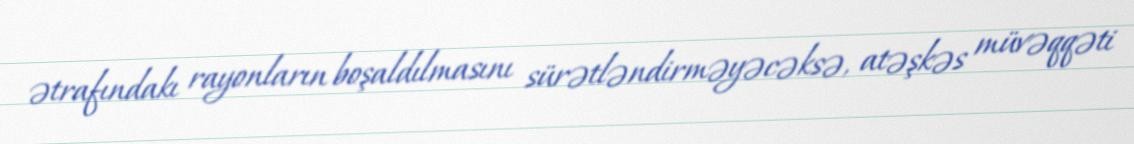
ətrafındakı rayonların boşaldılmasını sürətləndirməyəcəksə, atəşkəs müvəqqəti